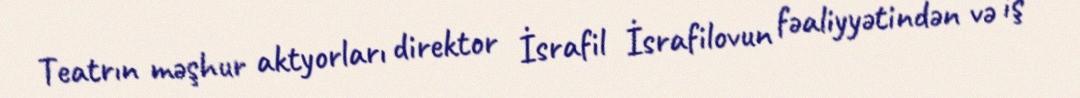
Teatrın məşhur aktyorları direktor İsrafil İsrafilovun fəaliyyətindən və iş